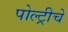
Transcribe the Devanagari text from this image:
पोल्ट्रीचे